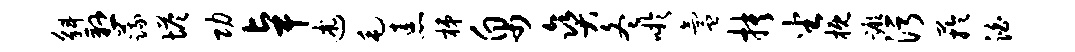
斛悬蔬塔功卓述毛恚梯帛爽冬吁氲抉坐概蹶污芋泊